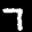
Label: 7